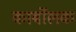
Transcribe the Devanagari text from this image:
कार्बोलक